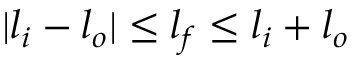
| l _ { i } - l _ { o } | \le l _ { f } \le l _ { i } + l _ { o }